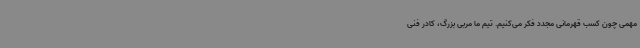
مهمی چون کسب قهرمانی مجدد فکر می‌کنیم. تیم ما مربی بزرگ، کادر فنی